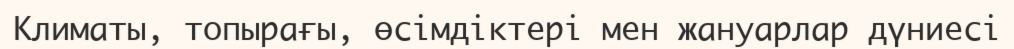
Климаты, топырағы, өсімдіктері мен жануарлар дүниесі